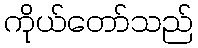
ကိုယ်တော်သည်